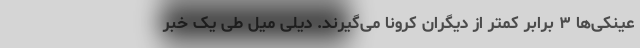
عینکی‌ها ۳ برابر کمتر از دیگران کرونا می‌گیرند. دیلی میل طی یک خبر